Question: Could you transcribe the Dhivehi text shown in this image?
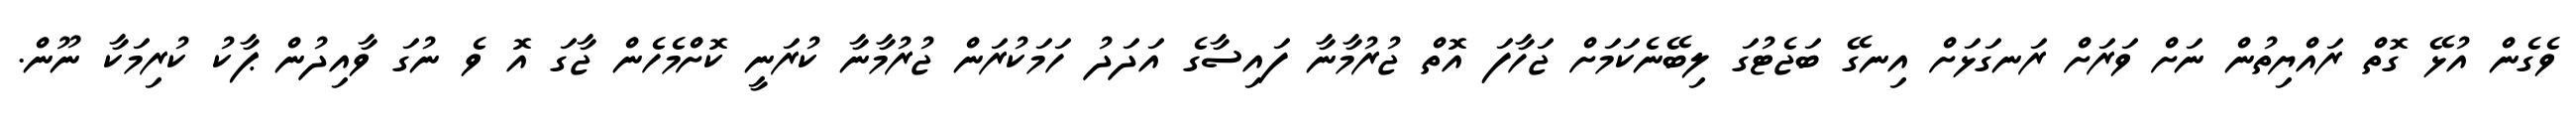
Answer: ވެގެން އުޅޭ ގޮތް ރައްޔިތުން ނަށް ވަރަށް ރަނގަޅަށް އިނގޭ ބަޖެޓުގަ ލިބޭނެކަމަށް ޖަހާފަ އޮތް ޖުރުމާނާ ފައިސާގެ އަދަދު ހަމަކުރަން ޖުރުމާނާ ކުރަނީ ކޮށްމެހެން ޖާގަ އޮ ވެ ނުގަ ވާއިދުން ޕާކު ކުރިމަކާ ނޫން.